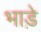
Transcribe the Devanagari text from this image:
भाडे़